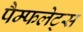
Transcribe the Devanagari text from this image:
पैम्फलेट्स